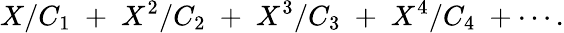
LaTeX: X/C_{1}\; +\; X^{2}/C_{2}\; +\; X^{3}/C_{3}\; +\; X^{4}/C_{4}\; +\cdots.